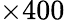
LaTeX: \times 400